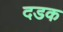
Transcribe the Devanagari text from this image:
दडक